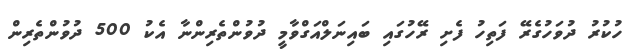
ހުކުރު ދުވަހުގެރޭ ފަތިހު ފެށި ރޭހުގައި ބައިނަލްއަގްވާމީ ދުވުންތެރިންނާ އެކު 500 ދުވުންތެރިން